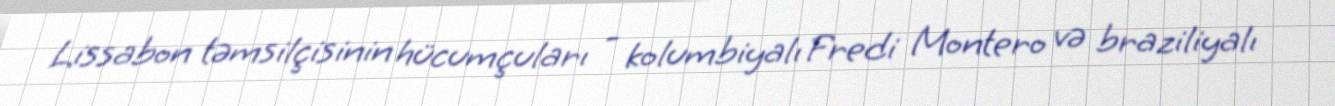
Lissabon təmsilçisinin hücumçuları - kolumbiyalı Fredi Montero və braziliyalı